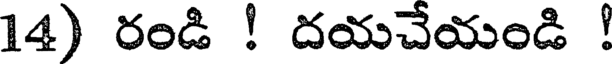
14) రండి ! దయచేయండి !